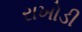
રાખોડી